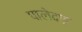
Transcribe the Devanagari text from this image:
पालेदाइ